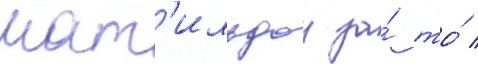
мат'ильдои за́ то́ /